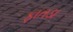
ફાતડા